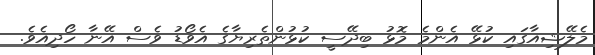
މެލޭޝިއާގައި ކުޅޭ އެންމެ މޮޅު ބިދޭސީ ކުޅުންތެރިޔާގެ އެވޯޑު ވެސް އޭނާ ހޯދިއެވެ.